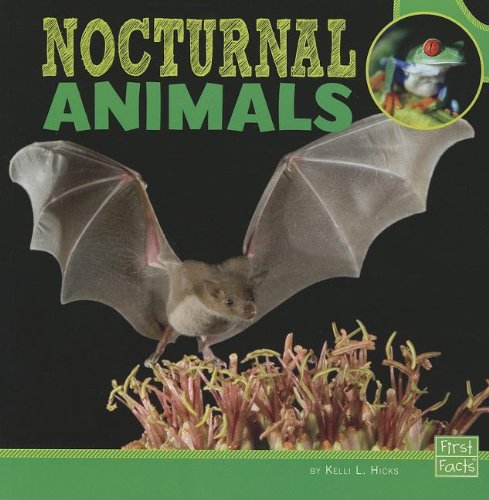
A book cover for Nocturnal Animals (Learn about Animal Behavior); Kelli L. Hicks; Children's Books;